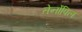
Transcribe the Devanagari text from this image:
तेर्नोपिल